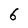
Character: 6